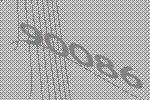
90086